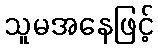
သူမအနေဖြင့်